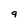
Character: 9